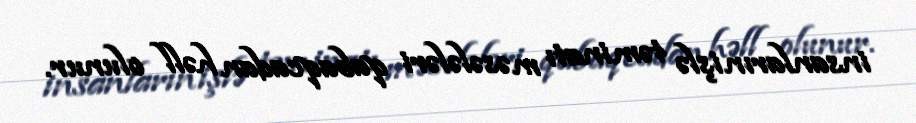
insanların işlə təminatı məsələləri qabaqcadan həll olunur.